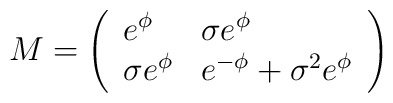
M=\left( \begin{array}{ll}e^{\phi} & \sigma e^{\phi}\\\sigma e^{\phi} & e^{-\phi}+\sigma^{2}e^{\phi}\\\end{array}  \right)